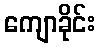
ကျောခိုင်း